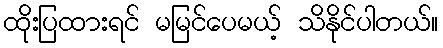
ထိုးပြထားရင် မမြင်ပေမယ့် သိနိုင်ပါတယ်။